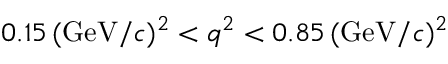
0 . 1 5 \, ( \mathrm { G e V } / c ) ^ { 2 } < q ^ { 2 } < 0 . 8 5 \, ( \mathrm { G e V } / c ) ^ { 2 }